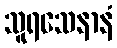
သူရသေနာနံ